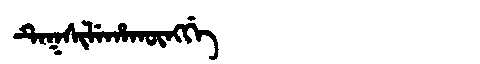
Manchu: ᡨᡝᡴᠰᡳᠯᡝᡥᠠᡴᡡᠩᡤᡝ
Romanization: TEKSILEHAKŪNGGE